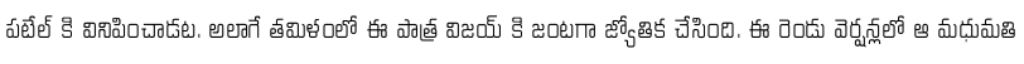
పటేల్ కి వినిపించాడట. అలాగే తమిళంలో ఈ పాత్ర విజయ్ కి జంటగా జ్యోతిక చేసింది. ఈ రెండు వెర్షన్లలో ఆ మధుమతి